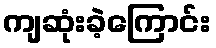
ကျဆုံးခဲ့ကြောင်း